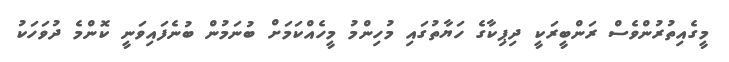
މީގެއިތުރުންވެސް ރަންބީރަކީ ދިޕިކާގެ ހަޔާތުގައި މުހިންމު މީހެއްކަމަށް ބުނަމުން ބުނެފައިވަނީ ކޮންމެ ދުވަހަކު